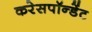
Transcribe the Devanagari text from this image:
करेसपॉन्डेंट